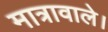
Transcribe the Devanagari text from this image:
मात्रावाले।